Annual administration report of the Civil Veterinary Department of India - 1896-1897
Year: 1896
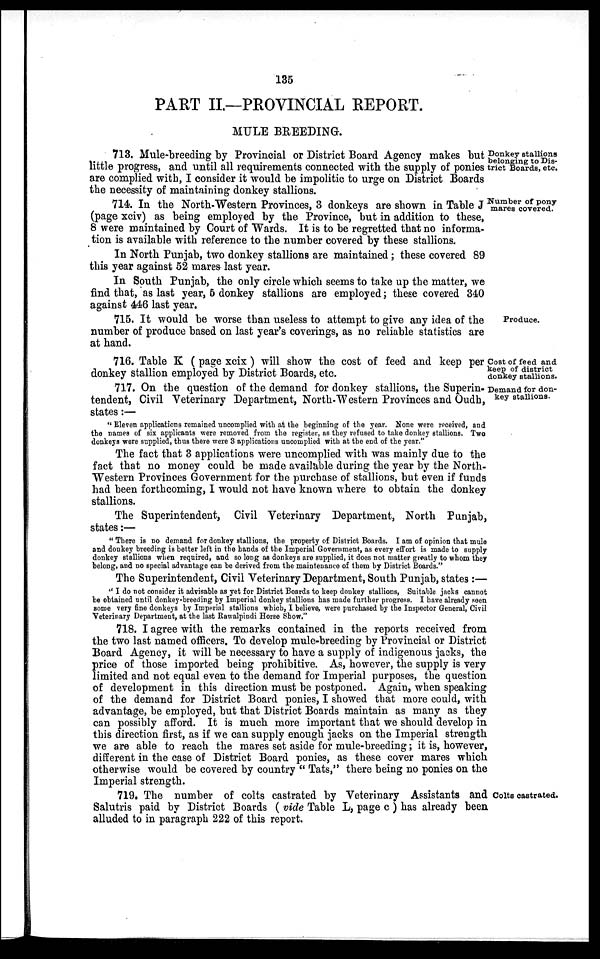
135
PART II.—PROVINCIAL REPORT.
MULE BREEDING.
Donkey stallions
belonging to Dis-
trict Boards, etc.
713. Mule-breeding by Provincial or District Board Agency makes but
little progress, and until all requirements connected with the supply of ponies
are complied with, I consider it would be impolitic to urge on District Boards
the necessity of maintaining donkey stallions.
Number of pony
mares covered.
714. In the North-Western Provinces, 3 donkeys are shown in Table J
(page xciv) as being employed by the Province, but in addition to these,
8 were maintained by Court of Wards. It is to be regretted that no informa-
tion is available with reference to the number covered by these stallions.
In North Punjab, two donkey stallions are maintained; these covered 89
this year against 52 mares last year.
In South Punjab, the only circle which seems to take up the matter, we
find that, as last year, 5 donkey stallions are employed; these covered 340
against 446 last year.
Produce.
715. It would be worse than useless to attempt to give any idea of the
number of produce based on last year's coverings, as no reliable statistics are
at hand.
Cost of feed and
keep of district
donkey stallions.
716. Table K (page xcix) will show the cost of feed and keep per
donkey stallion employed by District Boards, etc.
Demand for don-
key stallions.
717. On the question of the demand for donkey stallions, the Superin-
tendent, Civil Veterinary Department, North-Western Provinces and Oudh,
states :—
"Eleven applications remained uncomplied with at the beginning of the year. None were received, and
the names of six applicants were removed from the register, as they refused to take donkey stallions. Two
donkeys Were supplied, thus there were 3 applications uncomplied with at the end of the year."
The fact that 3 applications were uncomplied with was mainly due to the
fact that no money could be made available during the year by the North-
Western Provinces Government for the purchase of stallions, but even if funds
had been forthcoming, I would not have known where to obtain the donkey
stallions.
The Superintendent, Civil Veterinary Department, North Punjab,
states:—
"There is no demand for donkey stallions, the property of District Boards. I am of opinion that mule
and donkey breeding is better left in the hands of the Imperial Government, as every effort is made to supply
donkey stallions when required, and so long as donkeys are supplied, it does not matter greatly to whom they
belong, and no special advantage can be derived from the maintenance of them by District Boards."
The Superintendent, Civil Veterinary Department, South Punjab, states :—
" I do not consider it advisable as yet for District Boards to keep donkey stallions, Suitable jacks cannot
be obtained until donkey-breeding by Imperial donkey stallions has made further progress. I have already seen
some very fine donkeys by Imperial stallions which, I believe, were purchased by the Inspector General, Civil
Veterinary Department, at the last Rawalpindi Horse Show."
718. I agree with the remarks contained in the reports received from
the two last named officers. To develop mule-breeding by Provincial or District
Board Agency, it will be necessary to have a supply of indigenous jacks, the
price of those imported being prohibitive. As, however, the supply is very
limited and not equal even to the demand for Imperial purposes, the question
of development in this direction must be postponed. Again, when speaking
of the demand for District Board ponies, I showed that more could, with
advantage, be employed, but that District Boards maintain as many as they
can possibly afford. It is much more important that we should develop in
this direction first, as if we can supply enough jacks on the Imperial strength
we are able to reach the mares set aside for mule-breeding; it is, however,
different in the case of District Board ponies, as these cover mares which
otherwise would be covered by country "Tats," there being no ponies on the
Imperial strength.
Colts castrated.
719. The number of colts castrated by Veterinary Assistants and
Salutris paid by District Boards ( vide Table L, page c ) has already been
alluded to in paragraph 222 of this report.